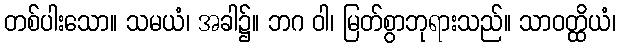
တစ်ပါးသော။ သမယံ၊ အခါ၌။ ဘဂ ဝါ၊ မြတ်စွာဘုရားသည်။ သာဝတ္ထိယံ၊